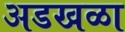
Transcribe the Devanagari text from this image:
अडखळा